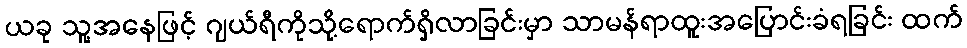
ယခု သူ့အနေဖြင့် ဂျယ်ရီကိုသို့ရောက်ရှိလာခြင်းမှာ သာမန်ရာထူးအပြောင်းခံရခြင်း ထက်